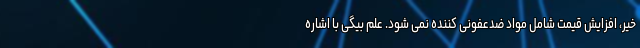
خیر، افزایش قیمت شامل مواد ضدعفونی کننده نمی شود. علم بیگی با اشاره